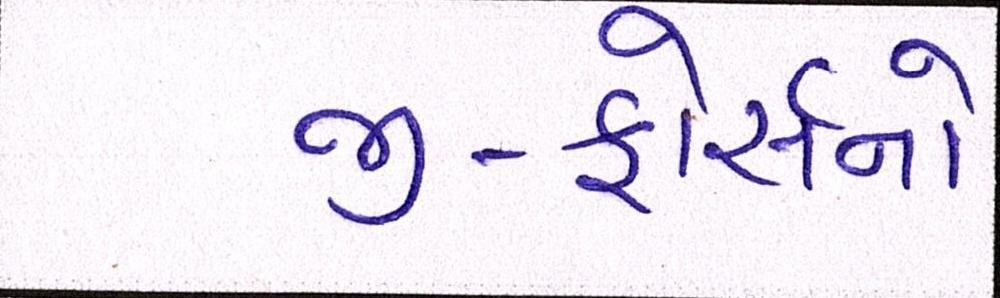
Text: જી-ફોર્સનો